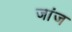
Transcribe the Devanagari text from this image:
जांज